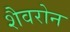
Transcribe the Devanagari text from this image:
शैवरोन